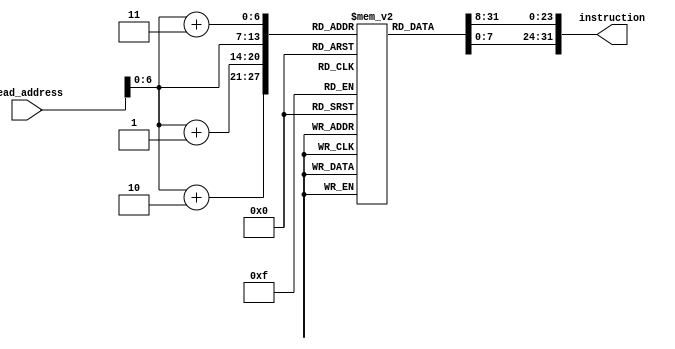
module pipeline_instruction_memory(read_address, instruction);
	parameter delay = 50;
	
	input [63:0]read_address;
	output [31:0]instruction;
	reg [7:0]memory[0:127];
	
	assign #delay instruction = {
	   memory[read_address + 3],
	   memory[read_address + 2],
	   memory[read_address + 1],
	   memory[read_address]
	};
	
    integer i;
	initial 
	begin
	  	for(i = 0;i < 128; i = i + 1)
			memory[i] <= 0;

		memory[0] <= 8'hE5;
		memory[1] <= 8'h03;
		memory[2] <= 8'h1F;
		memory[3] <= 8'h8B;
		

		memory[16] <= 8'hA4;
		memory[17] <= 8'h00;
		memory[18] <= 8'h40;
		memory[19] <= 8'hF8;
		

		memory[32] <= 8'h86;
		memory[33] <= 8'h00;
		memory[34] <= 8'h04;
		memory[35] <= 8'h8B;
	

		memory[48] <= 8'hA6;
		memory[49] <= 8'h10;
		memory[50] <= 8'h00;
		memory[51] <= 8'hF8;
	end
endmodule    
//checked